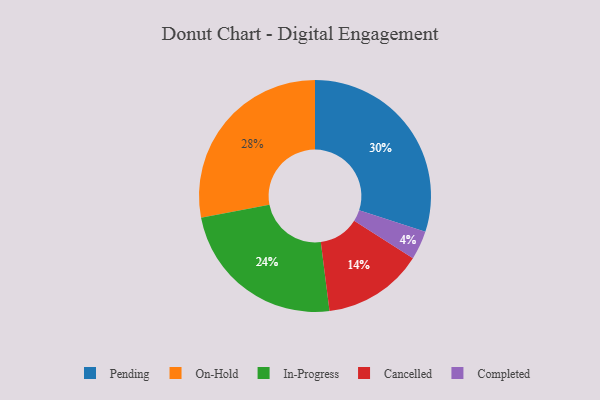
{"axis": {"x": "Category", "y": "Percentage"}, "legend": ["Cancelled", "Completed", "In-Progress", "On-Hold", "Pending"], "data": [{"x": "In-Progress", "y": 24, "type": "In-Progress"}, {"x": "Completed", "y": 4, "type": "Completed"}, {"x": "On-Hold", "y": 28, "type": "On-Hold"}, {"x": "Pending", "y": 30, "type": "Pending"}, {"x": "Cancelled", "y": 14, "type": "Cancelled"}]}